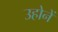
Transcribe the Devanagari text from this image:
उहोनें